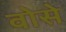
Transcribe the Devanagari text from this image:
वोसे